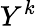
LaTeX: Y^{k}